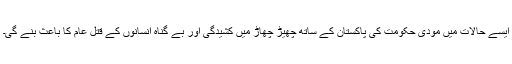
ایسے حالات میں مودی حکومت کی پاکستان کے ساتھ چھیڑ چھاڑ میں کشیدگی اور بے گناہ انسانوں کے قتل عام کا باعث بنے گی۔